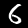
Label: 6